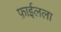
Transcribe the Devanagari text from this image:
फ़ाईलला